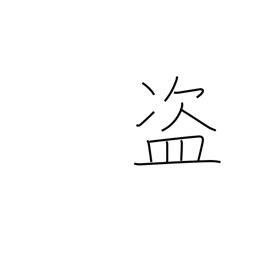
Meaning: rob